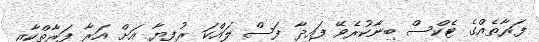
ފަރާތެއްގެ ޓެކްސް ބިނާކުރެވޭ ފައިދާ ފަސް ލައްކަ ރުފިޔާ އަށް އަރާ ފަރާތްކާއި